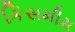
કિસમીસ